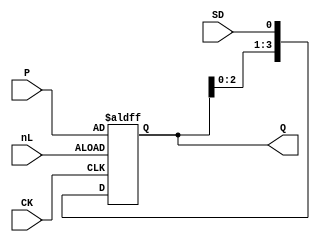
`timescale 1ns/1ns

module FS3(
	input CK,
	input [3:0] P,
	input SD, nL,
	output reg [3:0] Q = 4'd0
);

	always @(posedge CK or negedge nL)
	begin
		if (!nL)
			Q <= #2 P;					// Load
		else
			Q <= #1 {Q[2:0], SD};	// Shift
	end

endmodule